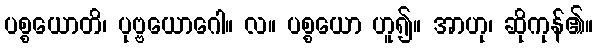
ပစ္စယောတိ၊ ပုဗ္ဗယောဂေါ။ လ။ ပစ္စယော ဟူ၍။ အာဟု၊ ဆိုကုန်၏။